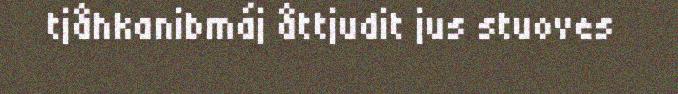
tjåhkanibmáj åttjudit jus stuoves